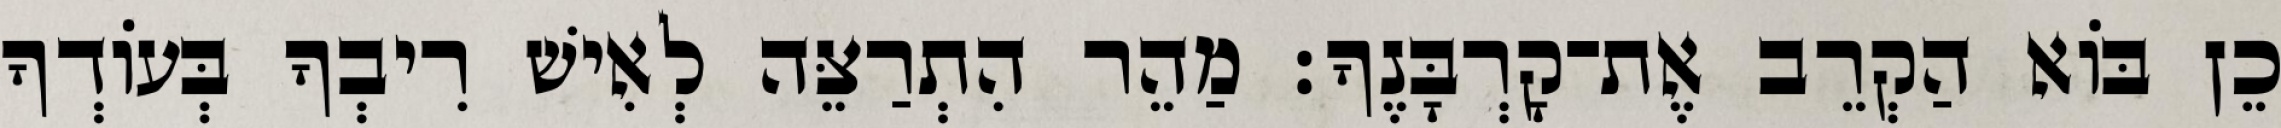
כֵן בּוֹא הַקְרֵב אֶת־קָרְבָּנֶךָ׃ מַהֵר הִתְרַצֵּה לְאִישׁ רִיבְךָ בְּעוֹדְךָ